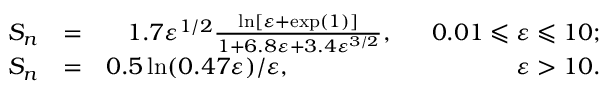
\begin{array} { r l r } { S _ { n } } & { = } & { 1 . 7 \varepsilon ^ { 1 / 2 } \frac { \ln [ \varepsilon + \exp ( 1 ) ] } { 1 + 6 . 8 \varepsilon + 3 . 4 \varepsilon ^ { 3 / 2 } } , \phantom { 1 . 7 } 0 . 0 1 \leqslant \varepsilon \leqslant 1 0 ; } \\ { S _ { n } } & { = } & { 0 . 5 \ln ( 0 . 4 7 \varepsilon ) / \varepsilon , \phantom { \varepsilon ^ { 1 / 2 } 0 . 5 \ln ( 0 . 4 7 \varepsilon ) / \varepsilon } \varepsilon > 1 0 . } \end{array}